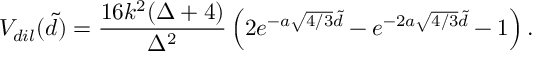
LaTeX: V _ { d i l } ( \tilde { d } ) = \frac { 1 6 k ^ { 2 } ( \Delta + 4 ) } { \Delta ^ { 2 } } \left( 2 e ^ { - a \sqrt { 4 / 3 } \tilde { d } } - e ^ { - 2 a \sqrt { 4 / 3 } \tilde { d } } - 1 \right) .